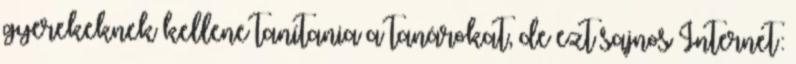
gyerekeknek kellene tanítania a tanárokat, de ezt sajnos Internet: